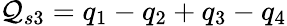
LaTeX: \mathcal{Q}_{s3}=q_{1}-q_{2}+q_{3}-q_{4}